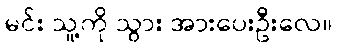
မင်း သူ့ကို သွား အားပေးဦးလေ။